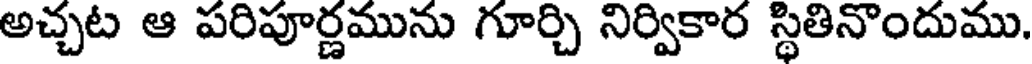
అచ్చట ఆ పరిపూర్ణమును గూర్చి నిర్వికార స్థితినొందుము